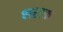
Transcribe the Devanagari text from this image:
शसक्त